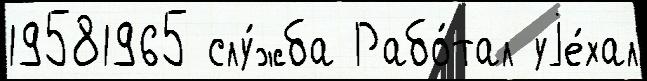
19581965 слу́жба Рабо́тал уjе́хал